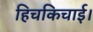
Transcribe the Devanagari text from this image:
हिचकिचाई।